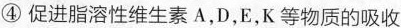
④促进脂溶性维生素A，D，E，K等物质的吸收